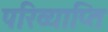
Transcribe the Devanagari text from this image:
परिव्याप्ति